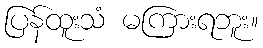
ပြန်ထူးသံ မကြားရဘူး။